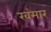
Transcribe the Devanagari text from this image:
खंमार